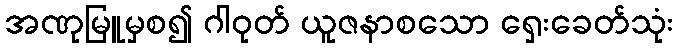
အဏုမြူမှစ၍ ဂါဝုတ် ယူဇနာစသော ရှေးခေတ်သုံး